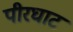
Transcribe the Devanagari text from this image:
पीरघाट